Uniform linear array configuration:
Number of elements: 4
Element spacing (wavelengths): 0.25
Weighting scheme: cosine
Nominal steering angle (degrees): -30
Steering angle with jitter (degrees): -30.117
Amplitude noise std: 0.05
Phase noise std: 0.05

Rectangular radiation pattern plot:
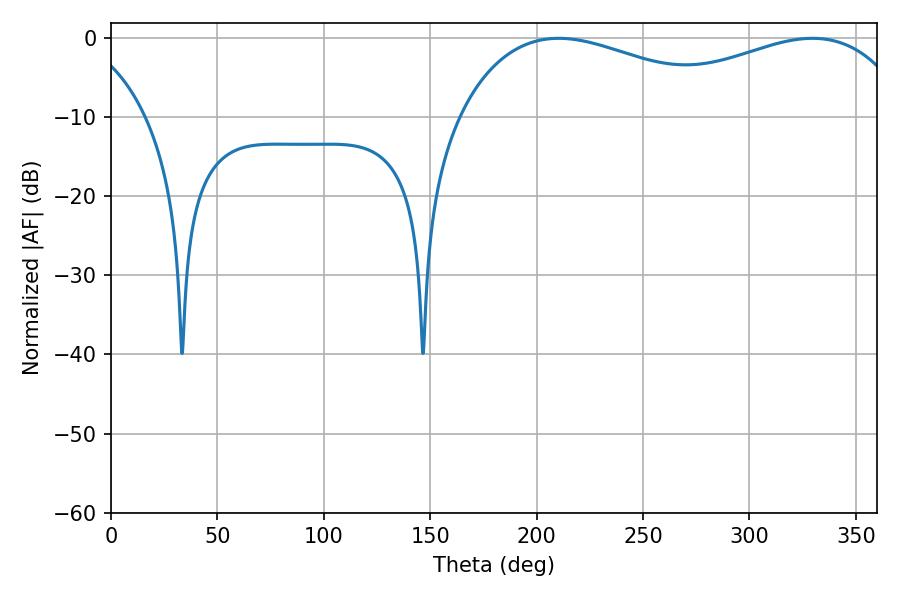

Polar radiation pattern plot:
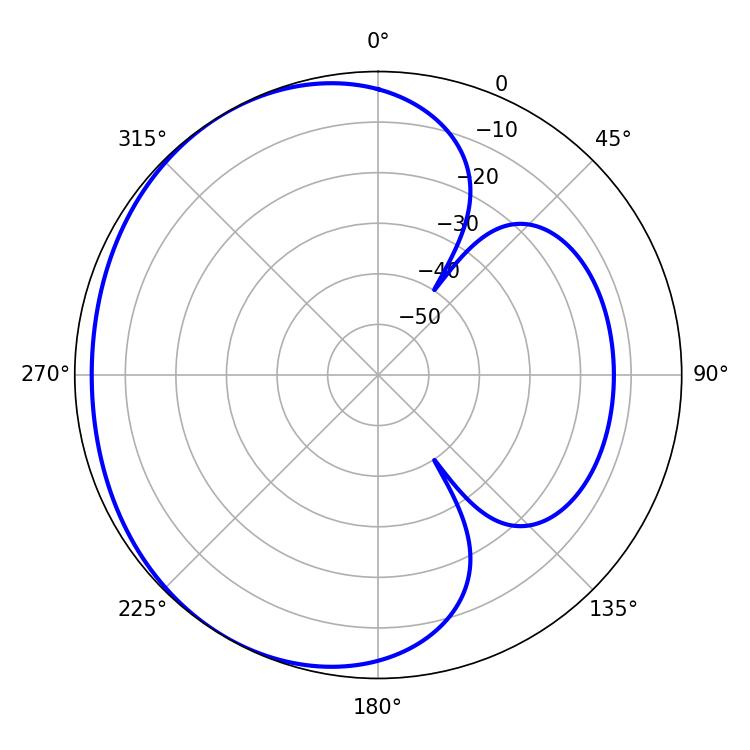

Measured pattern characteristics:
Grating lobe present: FALSE
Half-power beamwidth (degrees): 75.42
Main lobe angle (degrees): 210.42